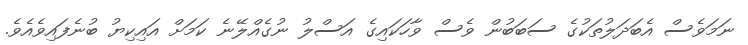
ނަމަވެސް އެބަދަލުތަކުގެ ސަބަބުން ވެސް ވާހަކައިގެ އަސްލު ނުގެއްލޭނެ ކަމަށް އައިކިޔު ބުނެފައިވެއެވެ.